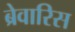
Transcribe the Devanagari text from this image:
ब्रेवारिस